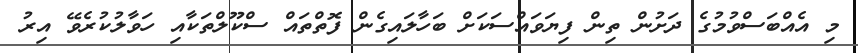
މި އެއްބަސްވުމުގެ ދަށުން ތިން ފިޔަވައްސަކަށް ބަހާލައިގެން ފޮތްތައް ސްކޫލްތަކާއި ހަވާލުކުރެވޭ އިރު